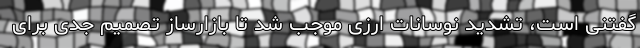
گفتنی است، تشدید نوسانات ارزی موجب شد تا بازارساز تصمیم جدی برای